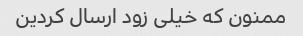
ممنون که خیلی زود ارسال کردین